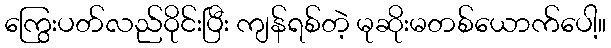
ကြွေးပတ်လည်ဝိုင်းပြီး ကျန်ရစ်တဲ့ မုဆိုးမတစ်ယောက်ပေါ့။